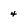
Character: 4